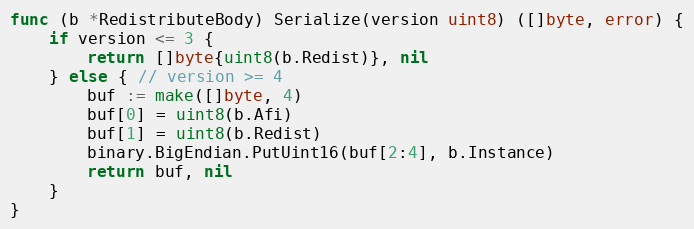
Language: Go
func (b *RedistributeBody) Serialize(version uint8) ([]byte, error) {
	if version <= 3 {
		return []byte{uint8(b.Redist)}, nil
	} else { // version >= 4
		buf := make([]byte, 4)
		buf[0] = uint8(b.Afi)
		buf[1] = uint8(b.Redist)
		binary.BigEndian.PutUint16(buf[2:4], b.Instance)
		return buf, nil
	}
}